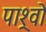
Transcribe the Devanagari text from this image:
पाश्र्वो